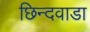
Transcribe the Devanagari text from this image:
छिन्दवाडा